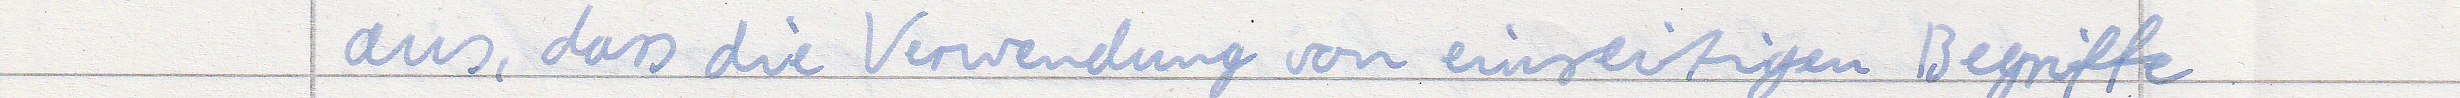
aus, dass die Verwendung von einseitigen Begriffe